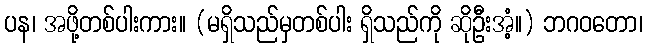
ပန၊ အဖို့တစ်ပါးကား။ (မရှိသည်မှတစ်ပါး ရှိသည်ကို ဆိုဦးအံ့။) ဘဂဝတော၊